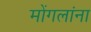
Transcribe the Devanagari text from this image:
मोंगलांना